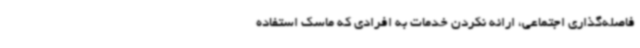
فاصله‌گذاری اجتماعی، ارائه نکردن خدمات به افرادی که ماسک استفاده